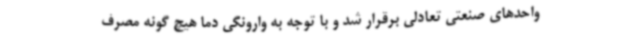
واحدهای صنعتی تعادلی برقرار شد و با توجه به وارونگی دما هیچ گونه مصرف